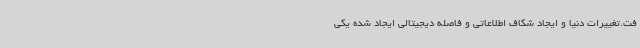
فت.تغییرات دنیا و ایجاد شکاف اطلاعاتی و فاصله دیجیتالی ایجاد شده یکی